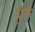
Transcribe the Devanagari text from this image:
पुरुं